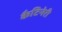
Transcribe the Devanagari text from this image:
कैटिनेरी